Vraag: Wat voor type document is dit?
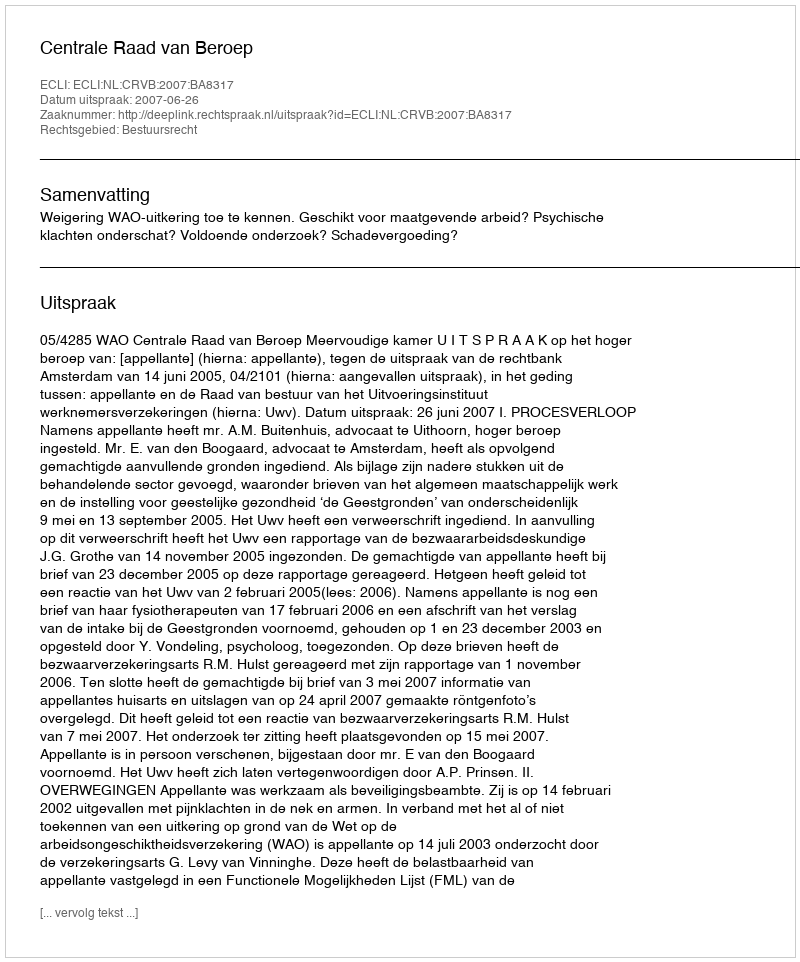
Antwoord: Uitspraak